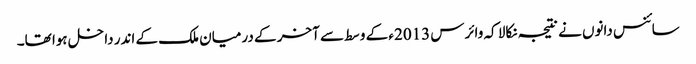
سائنس دانوں نے نتیجہ نکالا کہ وائرس 2013ء کے وسط سے آخر کے درمیان ملک کے اندر داخل ہوا تھا۔